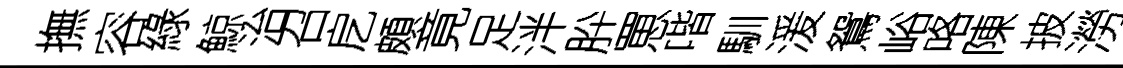
撫容綠鯨治召戹頗竟足泮肸罳喈馴湲鴛峪咯陳披澇